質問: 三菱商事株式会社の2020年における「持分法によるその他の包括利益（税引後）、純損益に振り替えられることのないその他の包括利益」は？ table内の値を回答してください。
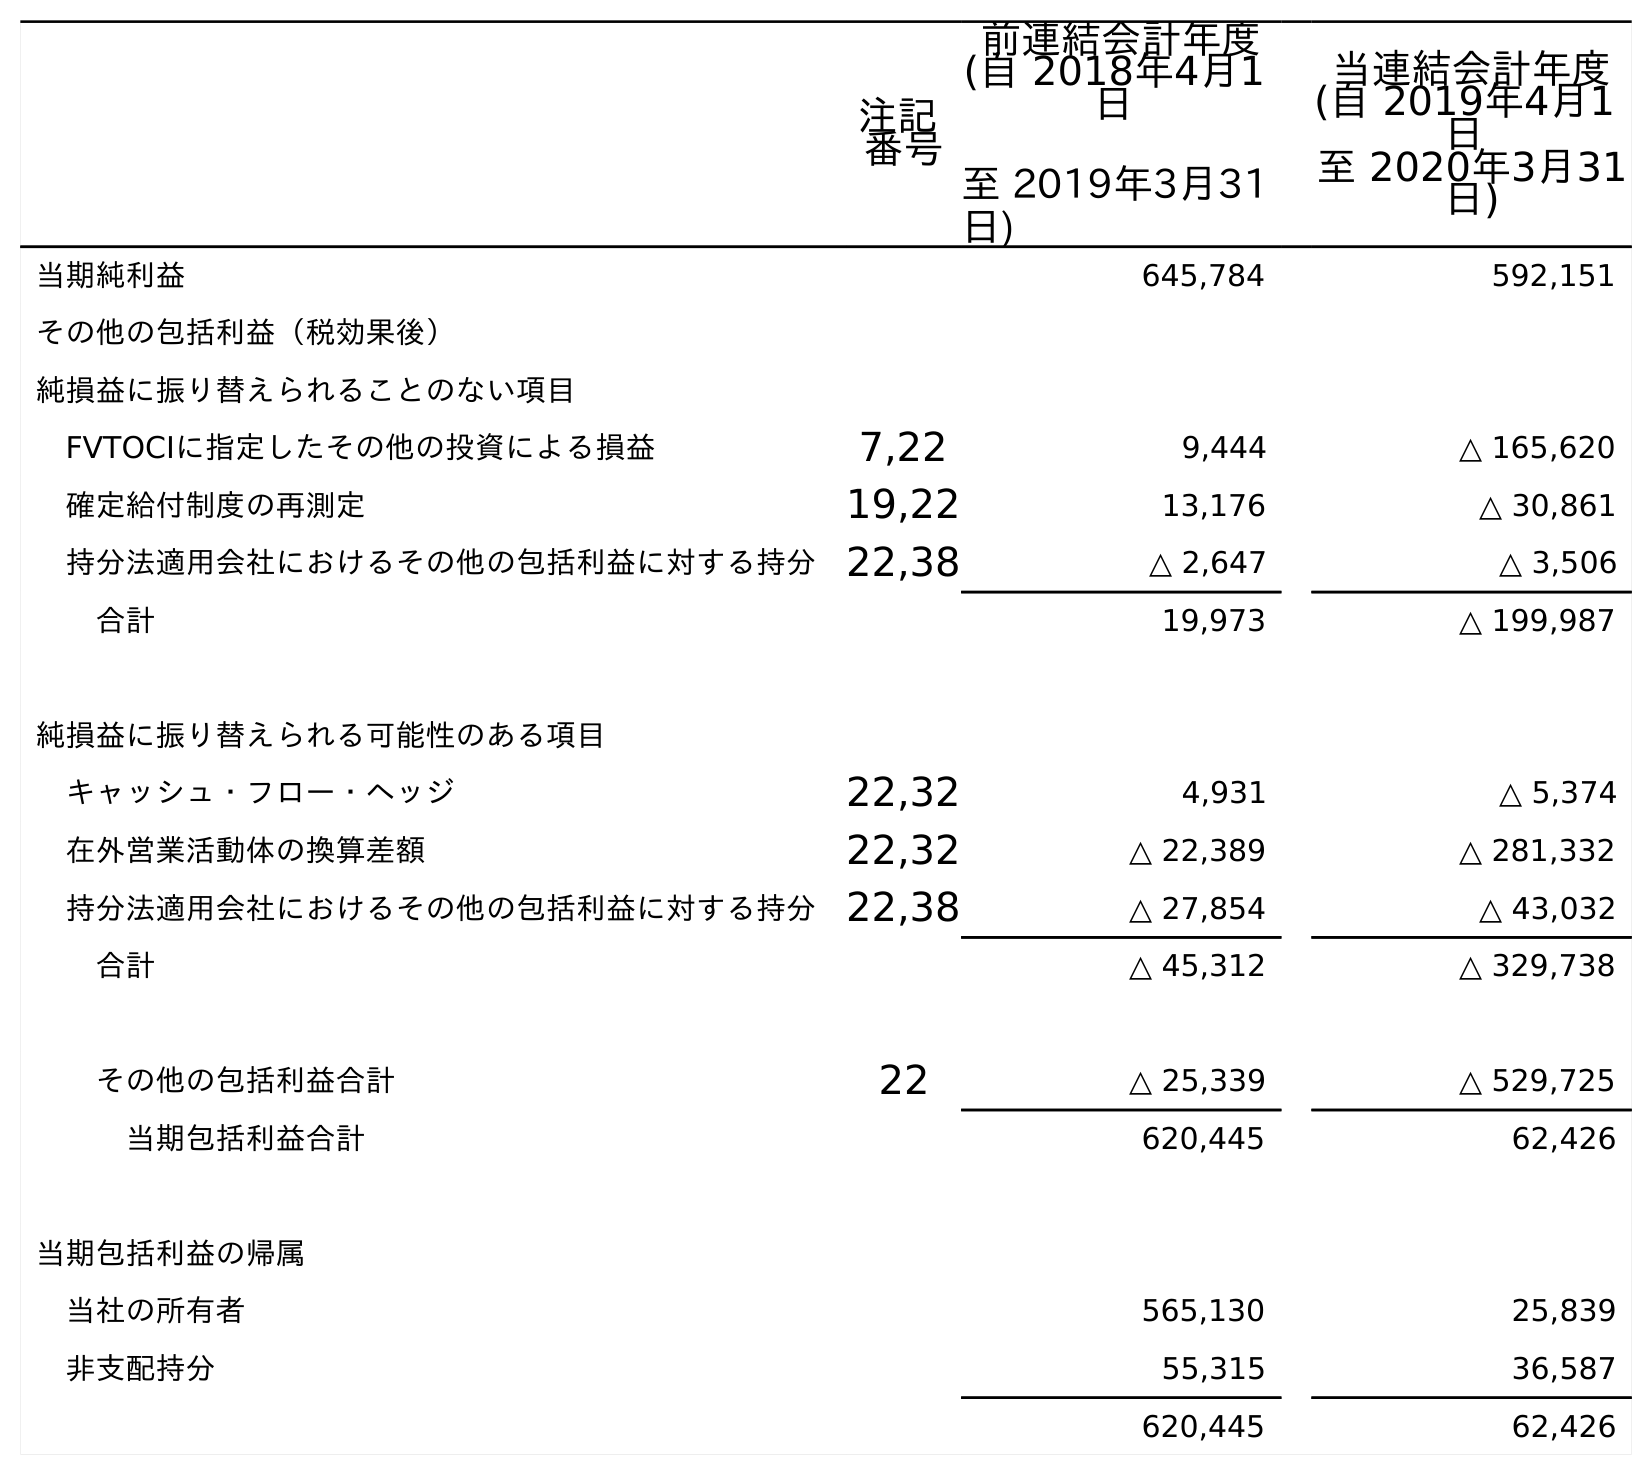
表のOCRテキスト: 注記 番号 前連結会計年度 (自 2018年4月1 日 至 2019年3月31 日) 当連結会計年度 (自 2019年4月1 日 至 2020年3月31 日) 当期純利益 645,784 592,151 その他の包括利益（税効果後） 純損益に振り替えられることのない項目 FVTOCIに指定したその他の投資による損益 7,22 9,444 △ 165,620 確定給付制度の再測定 19,22 13,176 △ 30,861 持分法適用会社におけるその他の包括利益に対する持分22,38 △ 2,647 △ 3,506 合計 19,973 △ 199,987 純損益に振り替えられる可能性のある項目 キャッシュ・フロー・ヘッジ 22,32 4,931 △ 5,374 在外営業活動体の換算差額 22,32 △ 22,389 △ 281,332 持分法適用会社におけるその他の包括利益に対する持分22,38 △ 27,854 △ 43,032 合計 △ 45,312 △ 329,738 その他の包括利益合計 22 △ 25,339 △ 529,725 当期包括利益合計 620,445 62,426 当期包括利益の帰属 当社の所有者 565,130 25,839 非支配持分 55,315 36,587 620,445 62,426
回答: △3,506